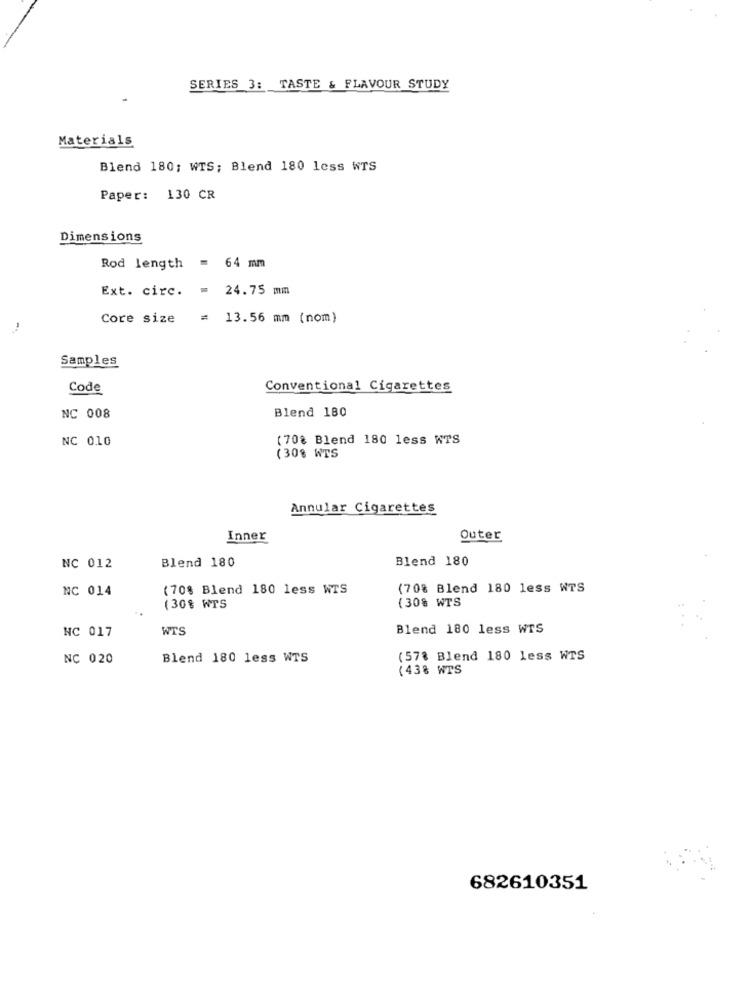
SERIES 3: TASTE & FLAVOUR STUDY
Materials
Blend 180; WTS; Blend 180 less WTS
Paper: 130 CR
Dimensions
Rod length = 64 mm
Ext. circ. = 24.75 mm
Core size
= 13.56 mm (nom)
Samples
Code
Conventional Cigarettes
Blend 180
NC 008
NC 010
(70% Blend 180 less WTS
(30% WTS
Annular Cigarettes
Inner
Outer
Blend 180
Blend 180
NC 012
NC 014
(70% Blend 180 less WTS
(70% Blend 180 less WTS
(30% WTS
(30% WTS
WTS
Blend 180 less WTS
NC 017
NC 020
Blend 180 less WTS
(578 Blend 180 less WTS
(438 WTS
682610351